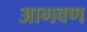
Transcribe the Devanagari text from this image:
आगवण